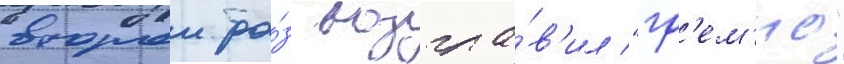
второи ра́з возгла́в'ил "гр'ем'ио"